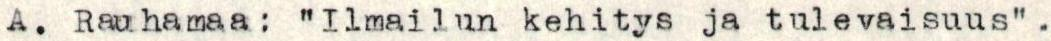
A. Rauhamaa: "Ilmailun kehitys ja tulevaisuus" .